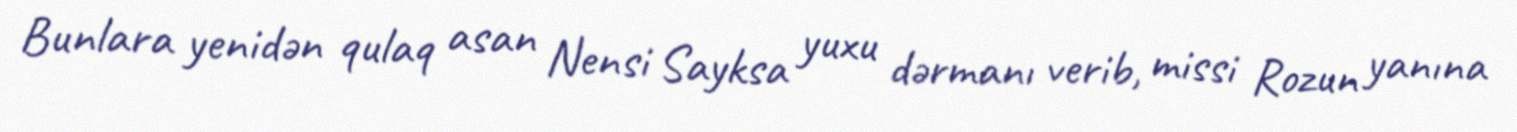
Bunlara yenidən qulaq asan Nensi Sayksa yuxu dərmanı verib, missi Rozun yanına